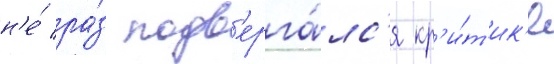
н'е́ ра́з подв'ерга́лс'я кр'и́т'ик'е